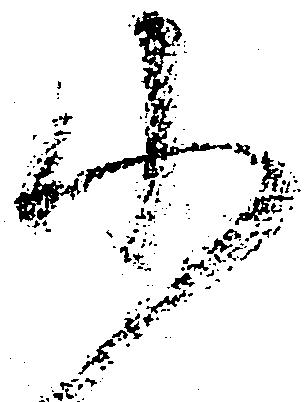
小